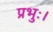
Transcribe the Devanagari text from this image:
प्रभुः।